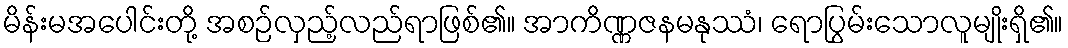
မိန်းမအပေါင်းတို့ အစဉ်လှည့်လည်ရာဖြစ်၏။ အာကိဏ္ဏဇနမနုဿံ၊ ရောပြွမ်းသောလူမျိုးရှိ၏။